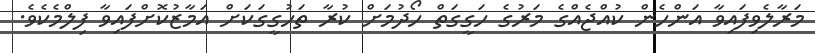
މަރާލެވިފައިވާ އަންހެން ކުއްޖެއްގެ މަރުގެ ހަގީގަތް ހޯދުމަށް ކުރާ ތަހުގީގަކަށް އަމާޒުކޮށްފައިވާ ފިލްމެކެވެ.